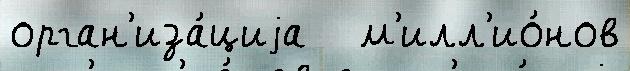
орган'иза́циjа   м'илл'ио́нов